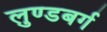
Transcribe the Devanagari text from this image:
लुण्डबर्ग